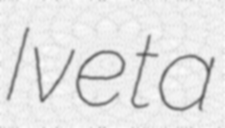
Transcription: Iveta